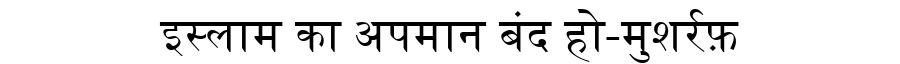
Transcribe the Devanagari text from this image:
इस्लाम का अपमान बंद हो-मुशर्रफ़